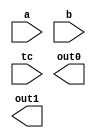
////////////////////////////////////////////////////////////////////////////////
//
//       This confidential and proprietary software may be used only
//     as authorized by a licensing agreement from Synopsys Inc.
//     In the event of publication, the following notice is applicable:
//
//                    (C) COPYRIGHT 1998  - 2018 SYNOPSYS INC.
//                           ALL RIGHTS RESERVED
//
//       The entire notice above must be reproduced on all authorized
//     copies.
//
//
// VERSION:   Verilog Simulation Model for DW02_multp
//
// DesignWare_version: ecde12fe
// DesignWare_release: O-2018.06-DWBB_201806.3
//
////////////////////////////////////////////////////////////////////////////////

//-----------------------------------------------------------------------------
//
// ABSTRACT:  Multiplier, parital products
//
//    **** >>>>  NOTE:	This model is architecturally different
//			from the 'wall' implementation of DW02_multp
//			but will generate exactly the same result
//			once the two partial product outputs are
//			added together
//
// MODIFIED:
//
//		RJK  2/22/12  Corrected missed conversion of macro to localparam
//				for non-VCS model (STAR 9000522698)
//
//              Aamir Farooqui 7/11/02
//              Corrected parameter simplied sim model, checking, and X_processing 
//
//------------------------------------------------------------------------------

`ifdef VCS
`include "vcs/DW02_multp.v"
`else

module DW02_multp( a, b, tc, out0, out1 );


// parameters
parameter integer a_width = 8;
parameter integer b_width = 8;
parameter integer out_width = 18;
parameter integer verif_en = 1;


//-----------------------------------------------------------------------------
// ports
input [a_width-1 : 0]	a;
input [b_width-1 : 0]	b;
input			tc;
output [out_width-1:0]	out0, out1;


//-----------------------------------------------------------------------------
// synopsys translate_off

//-----------------------------------------------------------------------------

  
 
  initial begin : parameter_check
    integer param_err_flg;

    param_err_flg = 0;
    
    
    if (a_width < 1) begin
      param_err_flg = 1;
      $display(
	"ERROR: %m :\n  Invalid value (%d) for parameter a_width (lower bound: 1)",
	a_width );
    end
    
    if (b_width < 1) begin
      param_err_flg = 1;
      $display(
	"ERROR: %m :\n  Invalid value (%d) for parameter b_width (lower bound: 1)",
	b_width );
    end
    
    if (out_width < (a_width+b_width+2)) begin
      param_err_flg = 1;
      $display(
	"ERROR: %m :\n  Invalid value (%d) for parameter out_width (lower bound: (a_width+b_width+2))",
	out_width );
    end
    
    if ( (verif_en < 0) || (verif_en > 3) ) begin
      param_err_flg = 1;
      $display(
	"ERROR: %m :\n  Invalid value (%d) for parameter verif_en (legal range: 0 to 3)",
	verif_en );
    end
  
    if ( param_err_flg == 1) begin
      $display(
        "%m :\n  Simulation aborted due to invalid parameter value(s)");
      $finish;
    end

  end // parameter_check 


   initial begin : verif_en_warning
     $display("The parameter verif_en is set to 0 for this simulator.\nOther values for verif_en are enabled only for VCS.");
   end // verif_en_warning

//-----------------------------------------------------------------------------


localparam npp  = ((a_width/2) + 2);
localparam xdim = (a_width+b_width+1);
localparam bsxt = (a_width+1);

//-----------------------------------------------------------------------------
reg   [xdim-1 : 0]  pp_array [0 : npp-1];
reg   [xdim-1 : 0]	tmp_OUT0, tmp_OUT1;
wire  [a_width+2 : 0]	a_padded;
wire  [xdim-1 : 0]	b_padded;
wire  [xdim-b_width-1 : 0]	temp_padded;
wire  			a_sign, b_sign, out_sign;
wire  [out_width-1:0]   out0_fixed_cs, out1_fixed_cs;
wire  signed [a_width : 0]      a_signed;
wire  signed [b_width : 0]      b_signed;
wire  signed [out_width-1:0] product;
//-----------------------------------------------------------------------------

  assign a_sign = tc & a[a_width-1];
  assign b_sign = tc & b[b_width-1];
  assign a_padded = {a_sign, a_sign, a, 1'b0};
  assign temp_padded = {bsxt{b_sign}};
  assign b_padded = {temp_padded, b};

  always @ (a_padded or b_padded)
  begin : mk_pp_array
    reg [xdim-1 : 0] temp_pp_array [0 : npp-1];
    reg [xdim-1 : 0] next_pp_array [0 : npp-1];
    reg [xdim+3 : 0] temp_pp;
    reg [xdim-1 : 0] new_pp;
    reg [xdim-1 : 0] tmp_pp_carry;
    reg [a_width+2 : 0] temp_a_padded;
    reg [2 : 0] temp_bitgroup;
    integer bit_pair, pp_count, i;

    temp_pp_array[0] = {xdim{1'b0}};

    for (bit_pair=0 ; bit_pair < npp-1 ; bit_pair = bit_pair+1)
    begin
      temp_a_padded = (a_padded >> (bit_pair*2));
      temp_bitgroup = temp_a_padded[2 : 0];

      case (temp_bitgroup)
        3'b000, 3'b111 :
          temp_pp = {xdim{1'b0}};
        3'b001, 3'b010 :
          temp_pp = b_padded;
        3'b011 :
          temp_pp = b_padded << 1;
        3'b100 :
          temp_pp = (~(b_padded << 1) + 1);
        3'b101, 3'b110 :
          temp_pp =  ~b_padded + 1;
        default : temp_pp = {xdim{1'b0}};
      endcase

      temp_pp = temp_pp << (2 * bit_pair);
      new_pp = temp_pp[xdim-1 : 0];
      temp_pp_array[bit_pair+1] = new_pp;
    end
    pp_count = npp;

    while (pp_count > 2)
    begin
      for (i=0 ; i < (pp_count/3) ; i = i+1)
      begin
        next_pp_array[i*2] = temp_pp_array[i*3] ^ temp_pp_array[i*3+1] ^ temp_pp_array[i*3+2];

        tmp_pp_carry = (temp_pp_array[i*3] & temp_pp_array[i*3+1]) |
                       (temp_pp_array[i*3+1] & temp_pp_array[i*3+2]) |
                       (temp_pp_array[i*3] & temp_pp_array[i*3+2]);

        next_pp_array[i*2+1] = tmp_pp_carry << 1;
      end

      if ((pp_count % 3) > 0)
      begin
        for (i=0 ; i < (pp_count % 3) ; i = i + 1)
        next_pp_array[2 * (pp_count/3) + i] = temp_pp_array[3 * (pp_count/3) + i];
      end

      for (i=0 ; i < npp ; i = i + 1) 
        temp_pp_array[i] = next_pp_array[i];

      pp_count = pp_count - (pp_count/3);
    end

    tmp_OUT0 = temp_pp_array[0];

    if (pp_count > 1)
      tmp_OUT1 = temp_pp_array[1];
    else
      tmp_OUT1 = {xdim{1'b0}};
  end // mk_pp_array


  assign out_sign = tmp_OUT0[xdim-1] | tmp_OUT1[xdim-1];
  assign out0 = ((^(a ^ a) !== 1'b0) | (^(b ^ b) !== 1'b0) | (^(tc ^ tc) !== 1'b0)) ? {out_width{1'bx}} 
                : {{out_width-xdim{1'b0}}, tmp_OUT0};
  assign out1 = ((^(a ^ a) !== 1'b0) | (^(b ^ b) !== 1'b0) | (^(tc ^ tc) !== 1'b0)) ? {out_width{1'bx}} 
                : {{out_width-xdim{out_sign}}, tmp_OUT1};

// synopsys translate_on

endmodule
`endif